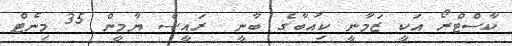
ކާސްޓްރޯ އަކީ ޒަމާނީ ކިއުބާގެ ބާނީ  ރައީސް ޔާމީން 35 މިނެޓް